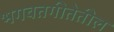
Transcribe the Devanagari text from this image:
भगवतगीतेतील